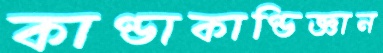
কাণ্ডাকাণ্ডিজ্ঞান